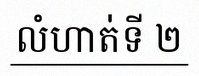
លំហាត់ទី ២